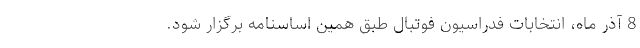
8 آذر ماه، انتخابات فدراسیون فوتبال طبق همین اساسنامه برگزار شود.